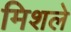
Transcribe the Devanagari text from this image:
मिशले